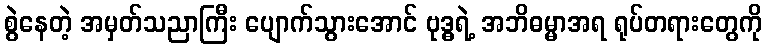
စွဲနေတဲ့ အမှတ်သညာကြီး ပျောက်သွားအောင် ဗုဒ္ဓရဲ့ အဘိဓမ္မာအရ ရုပ်တရားတွေကို